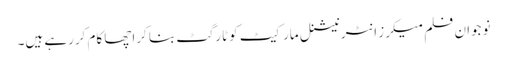
نوجوان فلم میکرز انٹرنیشنل مارکیٹ کوٹارگٹ بنا کراچھا کام کررہے ہیں۔